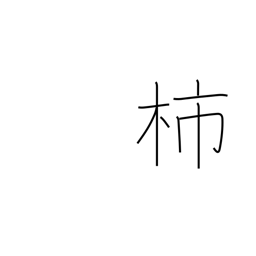
Meaning: persimmon